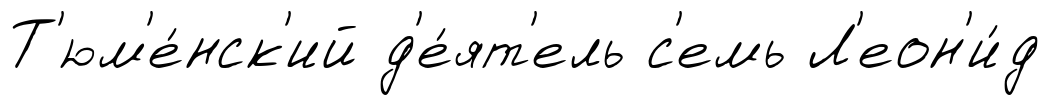
Т'юм'е́нск'ий д'е́ят'ель с'емь Л'еон'и́д